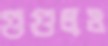
গুগুলও